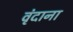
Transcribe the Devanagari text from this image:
वृंदाना